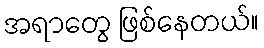
အရာတွေ ဖြစ်နေတယ်။